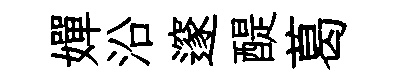
嬋沿邃醍葛